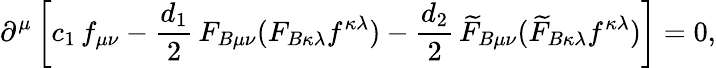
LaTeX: \partial^{\mu}\left[c_{1}\, f_{\mu\nu}-\frac{d_{1}}{2}\, F_{B\mu\nu}(F_{B\kappa\lambda}f^{\kappa\lambda})-\frac{d_{2}}{2}\, \widetilde{F}_{B\mu\nu}(\widetilde{F}_{B\kappa\lambda}f^{\kappa\lambda})\right]=0,